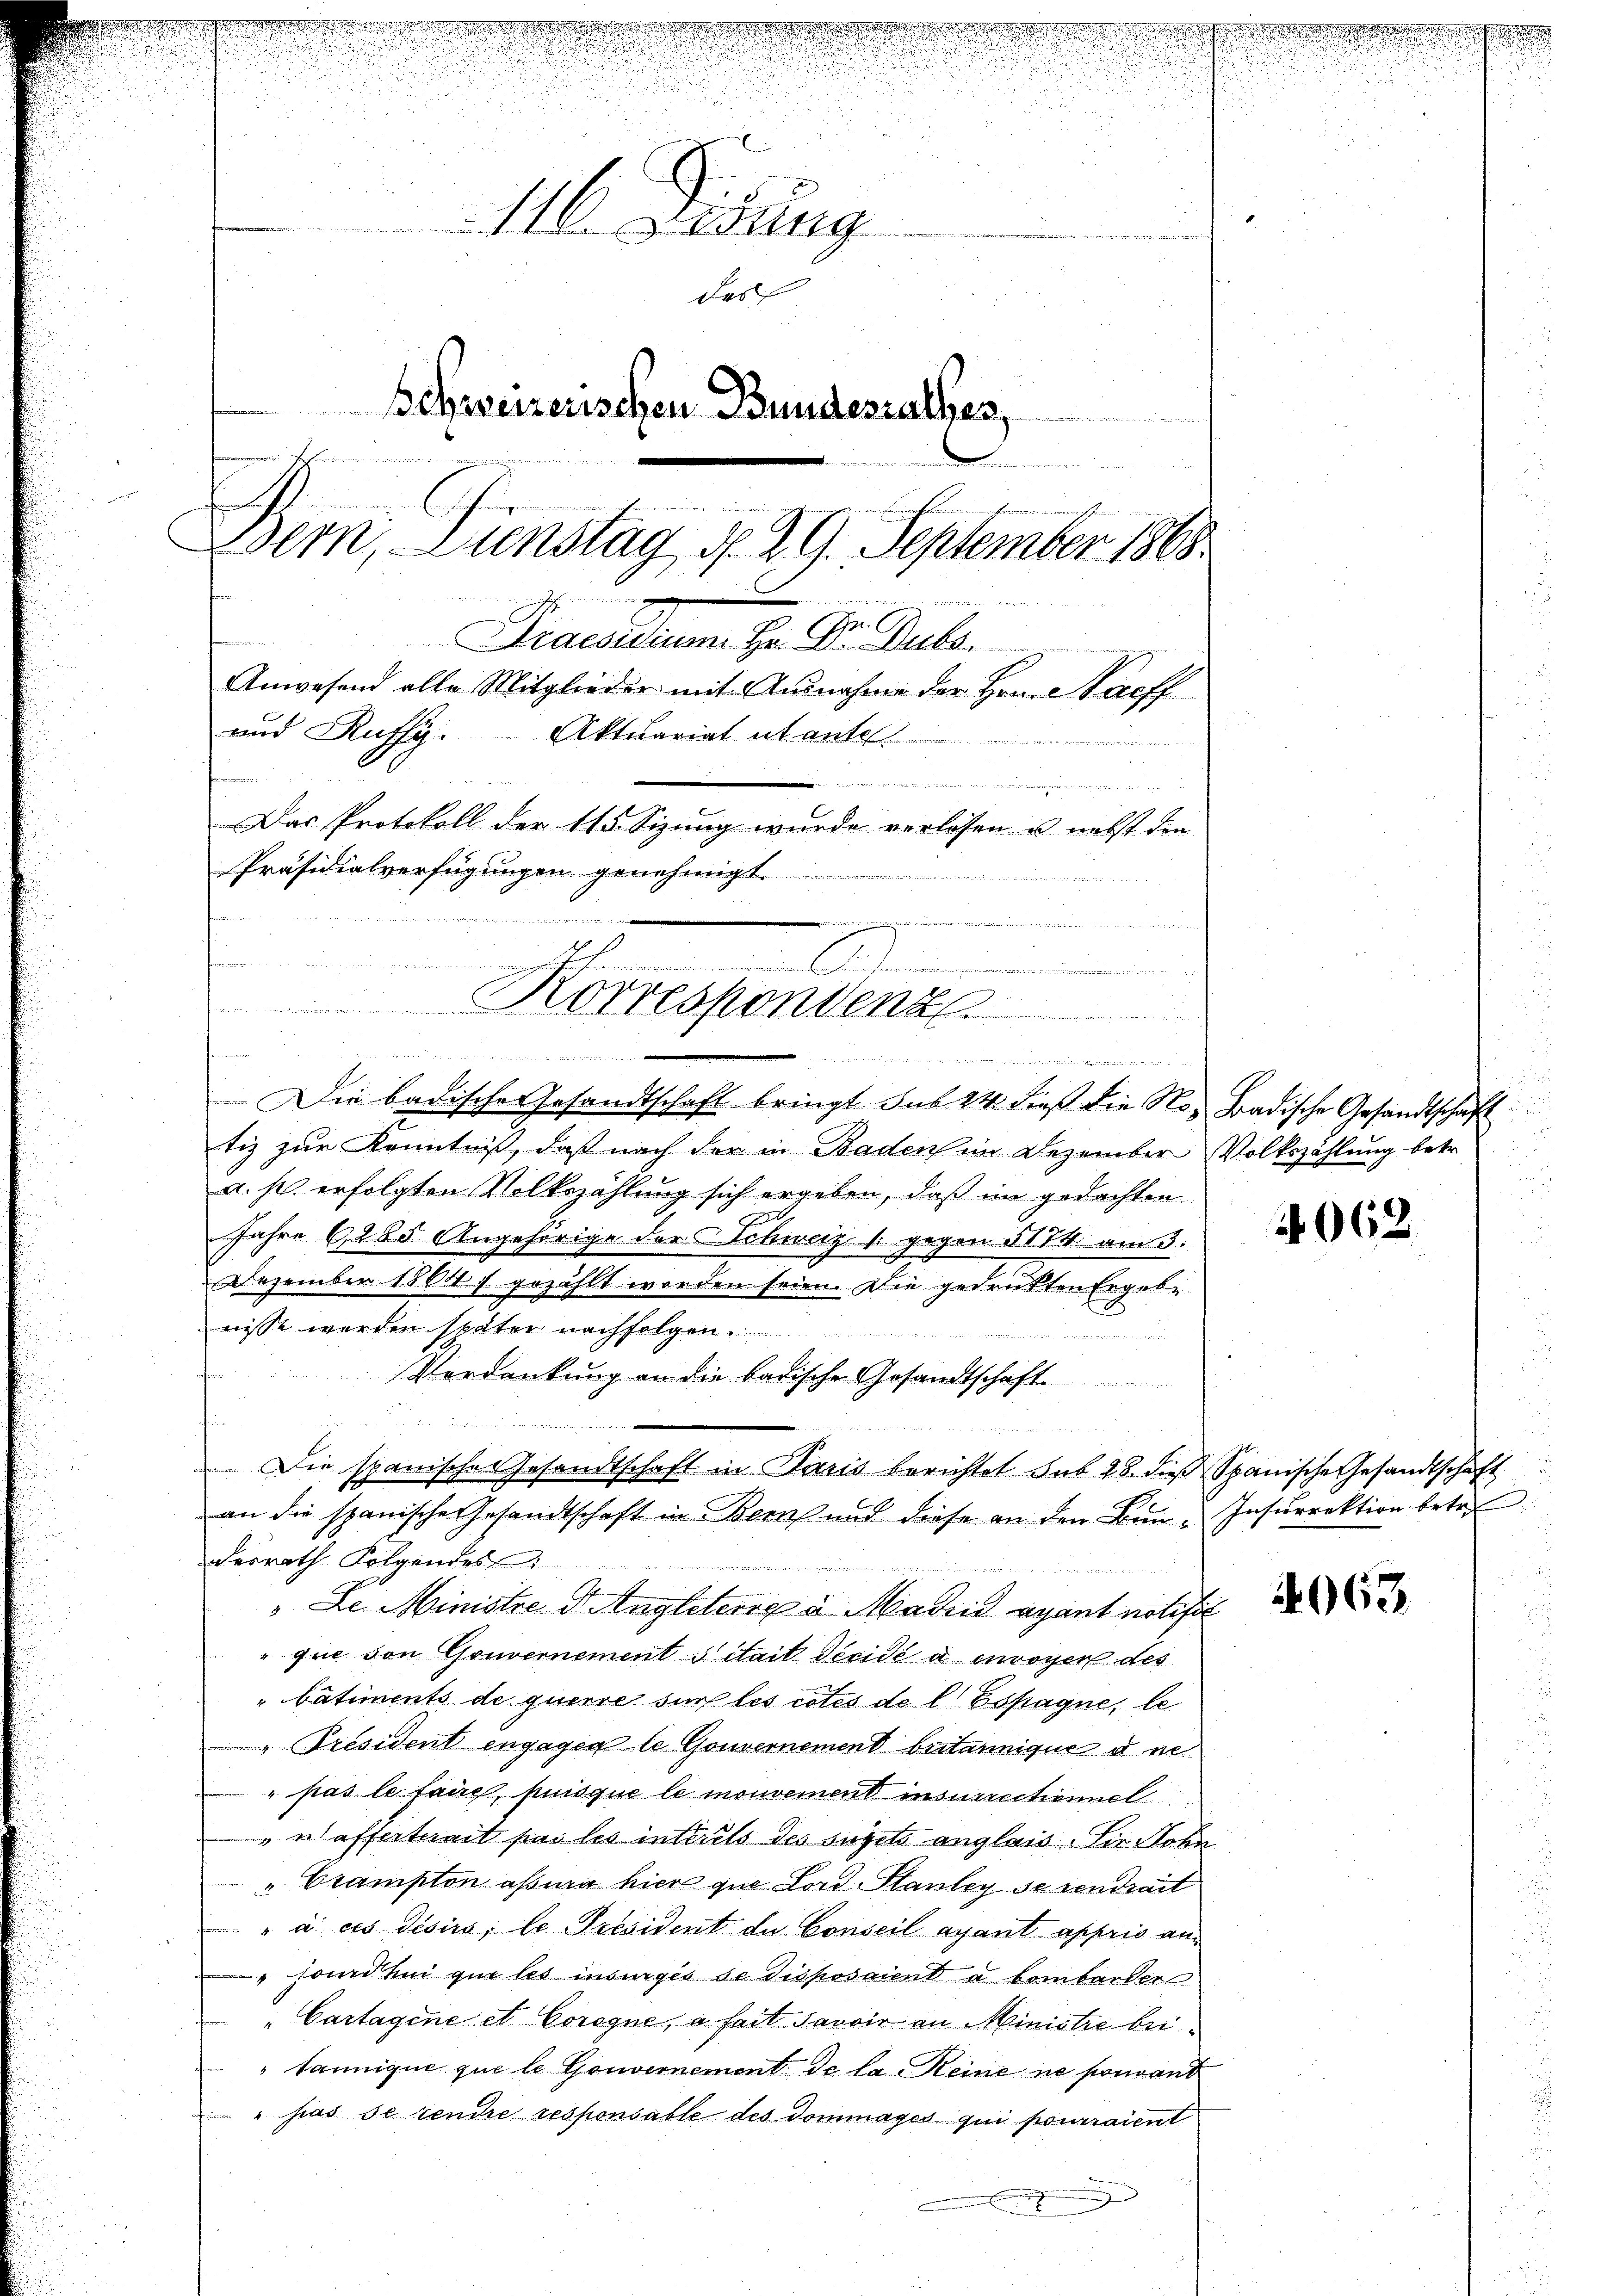
Präsidialverfügungen genehmigt.
R Br 2
 2
n
e
s
t
mnenschehen
.
 Korrespondenz

e
2

e
i
116. Didung
des
Schweizerischen Bundesrathes,

t
Dem, Dienstag d. 29. September 1868
1
wi
Praesidium Hr. D. Dubs.
Anwesend alle Mitglieder mit Ausnahme der Hrn. Haeff
und Rufsy. Aktuariat et antel.

m
  et den

Das Protokoll der 115 Sizung wurde vorlesen u. nebst die

¬
ie
.
Die badischer Gesandtschaft bringt. sub 24 dieβ die No- Badische Gesandtschaft
tiz zur Kenntniß, daß nach der in Baden in Dezember Volkszählung betr.
a. pr. erfolgten Volkszählung sich ergeben, daß im gedachten
Jahre 6285 Angehörige der Schweiz s
gegen 314 am 3.
x
Dezember 15 Okt 7 gezählt worden seien. Die gedrukten Ergebe
nisse werden später nachfolgen
n
¬
Verdankung an die badische Gesandtschaft.
f

Die spanischer Gesandtschaft in Paris berichtet sub 28. dieß Spanische Gesandtschaft
an die spanische Gesandtschaft in Bern und diese an den Bunderrath Folgendes
" Se. Ministre d. Angleterie à Madrid ayant notifi
que von Gouvernement stait decidé à envoyer des
"batiments de querre sur les rotes de l. Espagne, le
"Président engagen le Gouvernement britannique d ne
" pas le faire, puisque le mouvement insurrectionnel
"wafferterait pas les interils des sujets anglais. Sie Sohn
"Brampton assia hier que Lord Stanley seiendrait
 à ces désirs; le Président de Conseil avant appeis an¬
" Land hui que les insurges de disposaient u bombarder
" Cartagene et Coregne, a fait Savoir an Ministre beitannique que le Gouvernement de la Reine ne pouvant
" pas se rendre responsable des dommages qui pourraient
7

rwartstanden
2

4062.

Insurrektion betre

4063

d